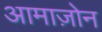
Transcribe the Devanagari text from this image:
आमाज़ोन